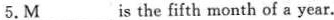
5.\underline{M}___ is the fifth month of a year.